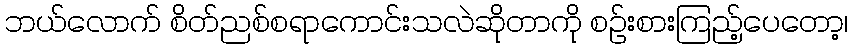
ဘယ်လောက် စိတ်ညစ်စရာကောင်းသလဲဆိုတာကို စဉ်းစားကြည့်ပေတော့၊